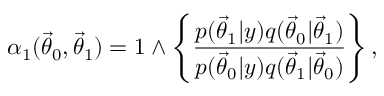
\alpha _ { 1 } ( \ensuremath { \vec { \theta } } _ { 0 } , \ensuremath { \vec { \theta } } _ { 1 } ) = 1 \wedge \left\{ \frac { p ( \ensuremath { \vec { \theta } } _ { 1 } | y ) q ( \ensuremath { \vec { \theta } } _ { 0 } | \ensuremath { \vec { \theta } } _ { 1 } ) } { p ( \ensuremath { \vec { \theta } } _ { 0 } | y ) q ( \ensuremath { \vec { \theta } } _ { 1 } | \ensuremath { \vec { \theta } } _ { 0 } ) } \right\} ,